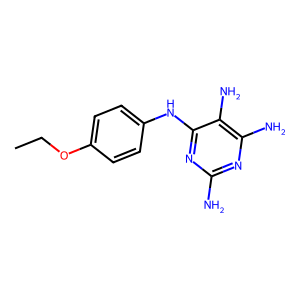
SMILES: CCOc1ccc(Nc2nc(N)nc(N)c2N)cc1
Inhibits HIV replication: No